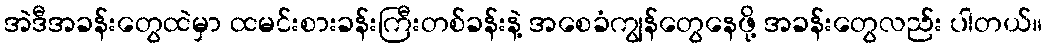
အဲဒီအခန်းတွေထဲမှာ ထမင်းစားခန်းကြီးတစ်ခန်းနဲ့ အစေခံကျွန်တွေနေဖို့ အခန်းတွေလည်း ပါတယ်။